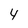
Character: 4